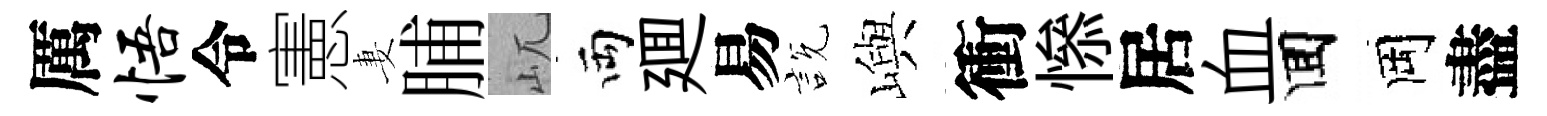
厲悟令憲妻脯屼両廽易説嶼衝𢡖居血囬岡盡